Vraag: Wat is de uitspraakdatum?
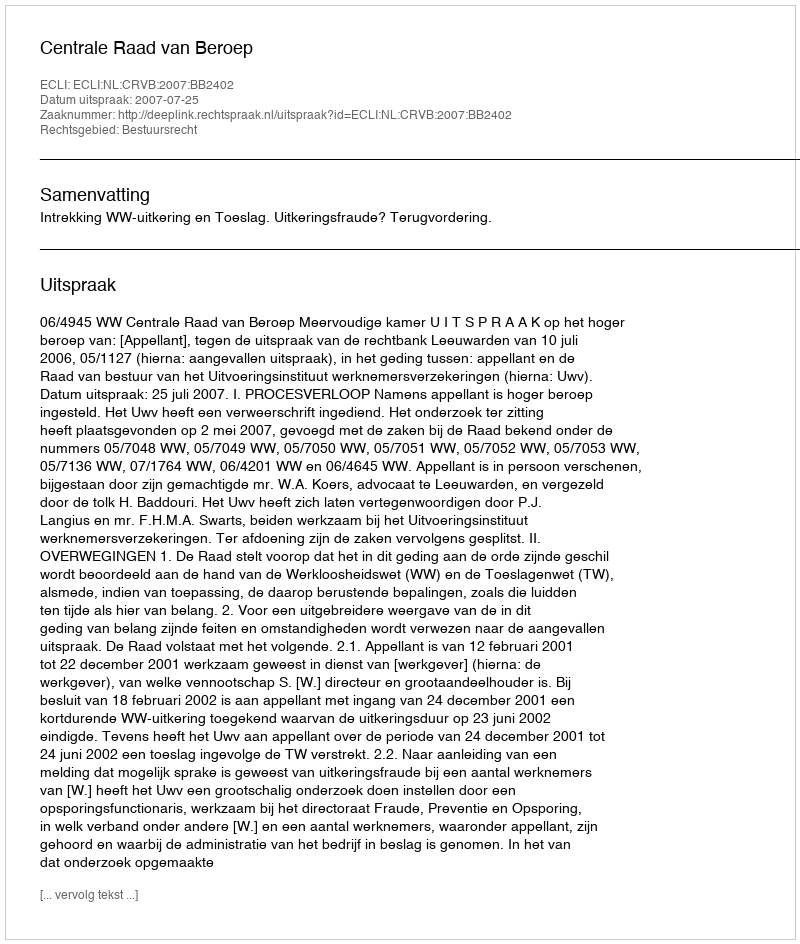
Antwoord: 2007-07-25